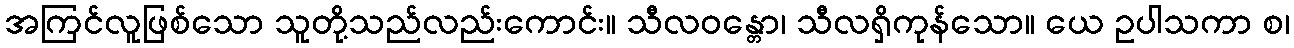
အကြင်လူဖြစ်သော သူတို့သည်လည်းကောင်း။ သီလဝန္တော၊ သီလရှိကုန်သော။ ယေ ဥပါသကာ စ၊